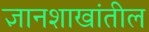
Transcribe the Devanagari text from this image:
ज्ञानशाखांतील